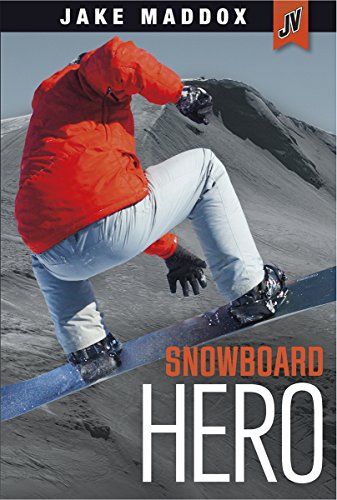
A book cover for Snowboard Hero (Jake Maddox JV); Jake Maddox; Children's Books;